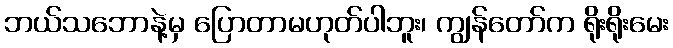
ဘယ်သဘောနဲ့မှ ပြောတာမဟုတ်ပါဘူး၊ ကျွန်တော်က ရိုးရိုးမေး